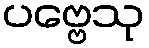
ပဗ္ဗေသု